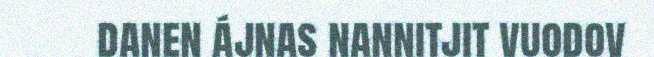
danen ájnas nannitjit vuodov